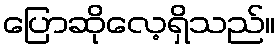
ပြောဆိုလေ့ရှိသည်။